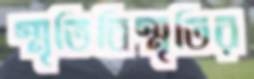
স্মৃতিবিস্মৃতির